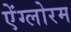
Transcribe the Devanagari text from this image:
ऐंग्लोरम